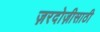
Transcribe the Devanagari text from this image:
ज़रदोज़ीसाठी